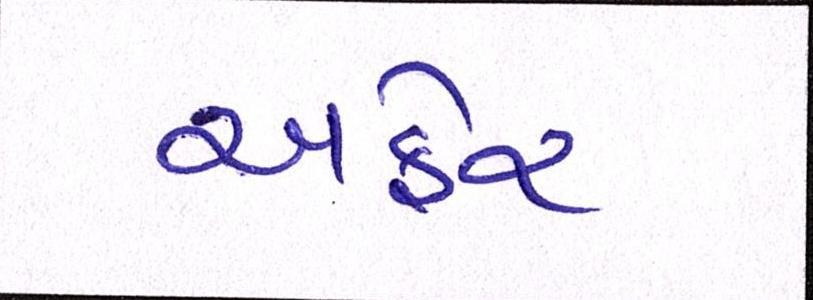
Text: અફેર